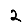
Digit: 2